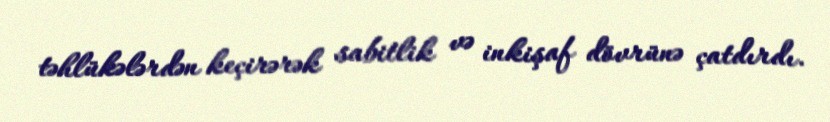
təhlükələrdən keçirərək sabitlik və inkişaf dövrünə çatdırdı.